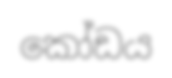
කෝඩය